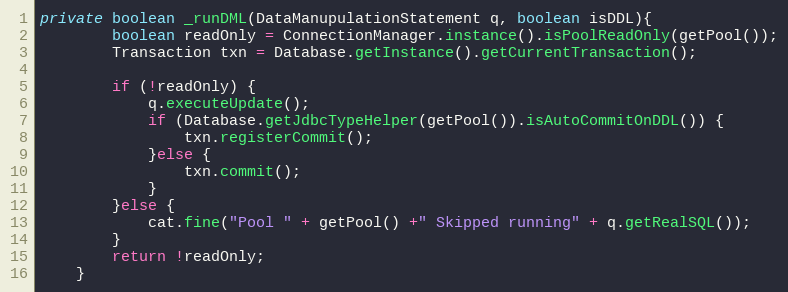
Language: Java
private boolean _runDML(DataManupulationStatement q, boolean isDDL){
    	boolean readOnly = ConnectionManager.instance().isPoolReadOnly(getPool());
    	Transaction txn = Database.getInstance().getCurrentTransaction();

    	if (!readOnly) {
            q.executeUpdate();
            if (Database.getJdbcTypeHelper(getPool()).isAutoCommitOnDDL()) {
            	txn.registerCommit();
            }else {
            	txn.commit();
            }
        }else {
        	cat.fine("Pool " + getPool() +" Skipped running" + q.getRealSQL());
        }
        return !readOnly;
    }